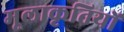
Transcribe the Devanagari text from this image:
मूलाकृतियों